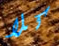
كلا